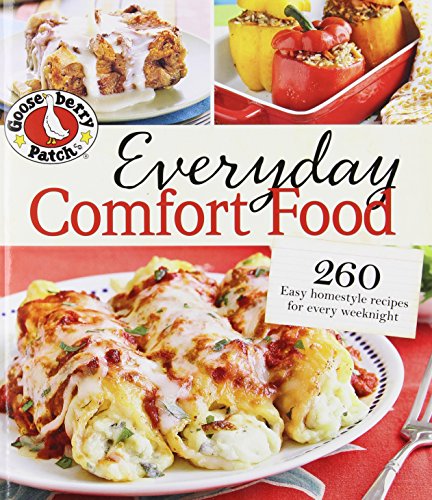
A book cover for Gooseberry Patch Everyday Comfort Food: 260 Easy homestyle recipes for every weeknight; Gooseberry Patch; Cookbooks, Food & Wine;